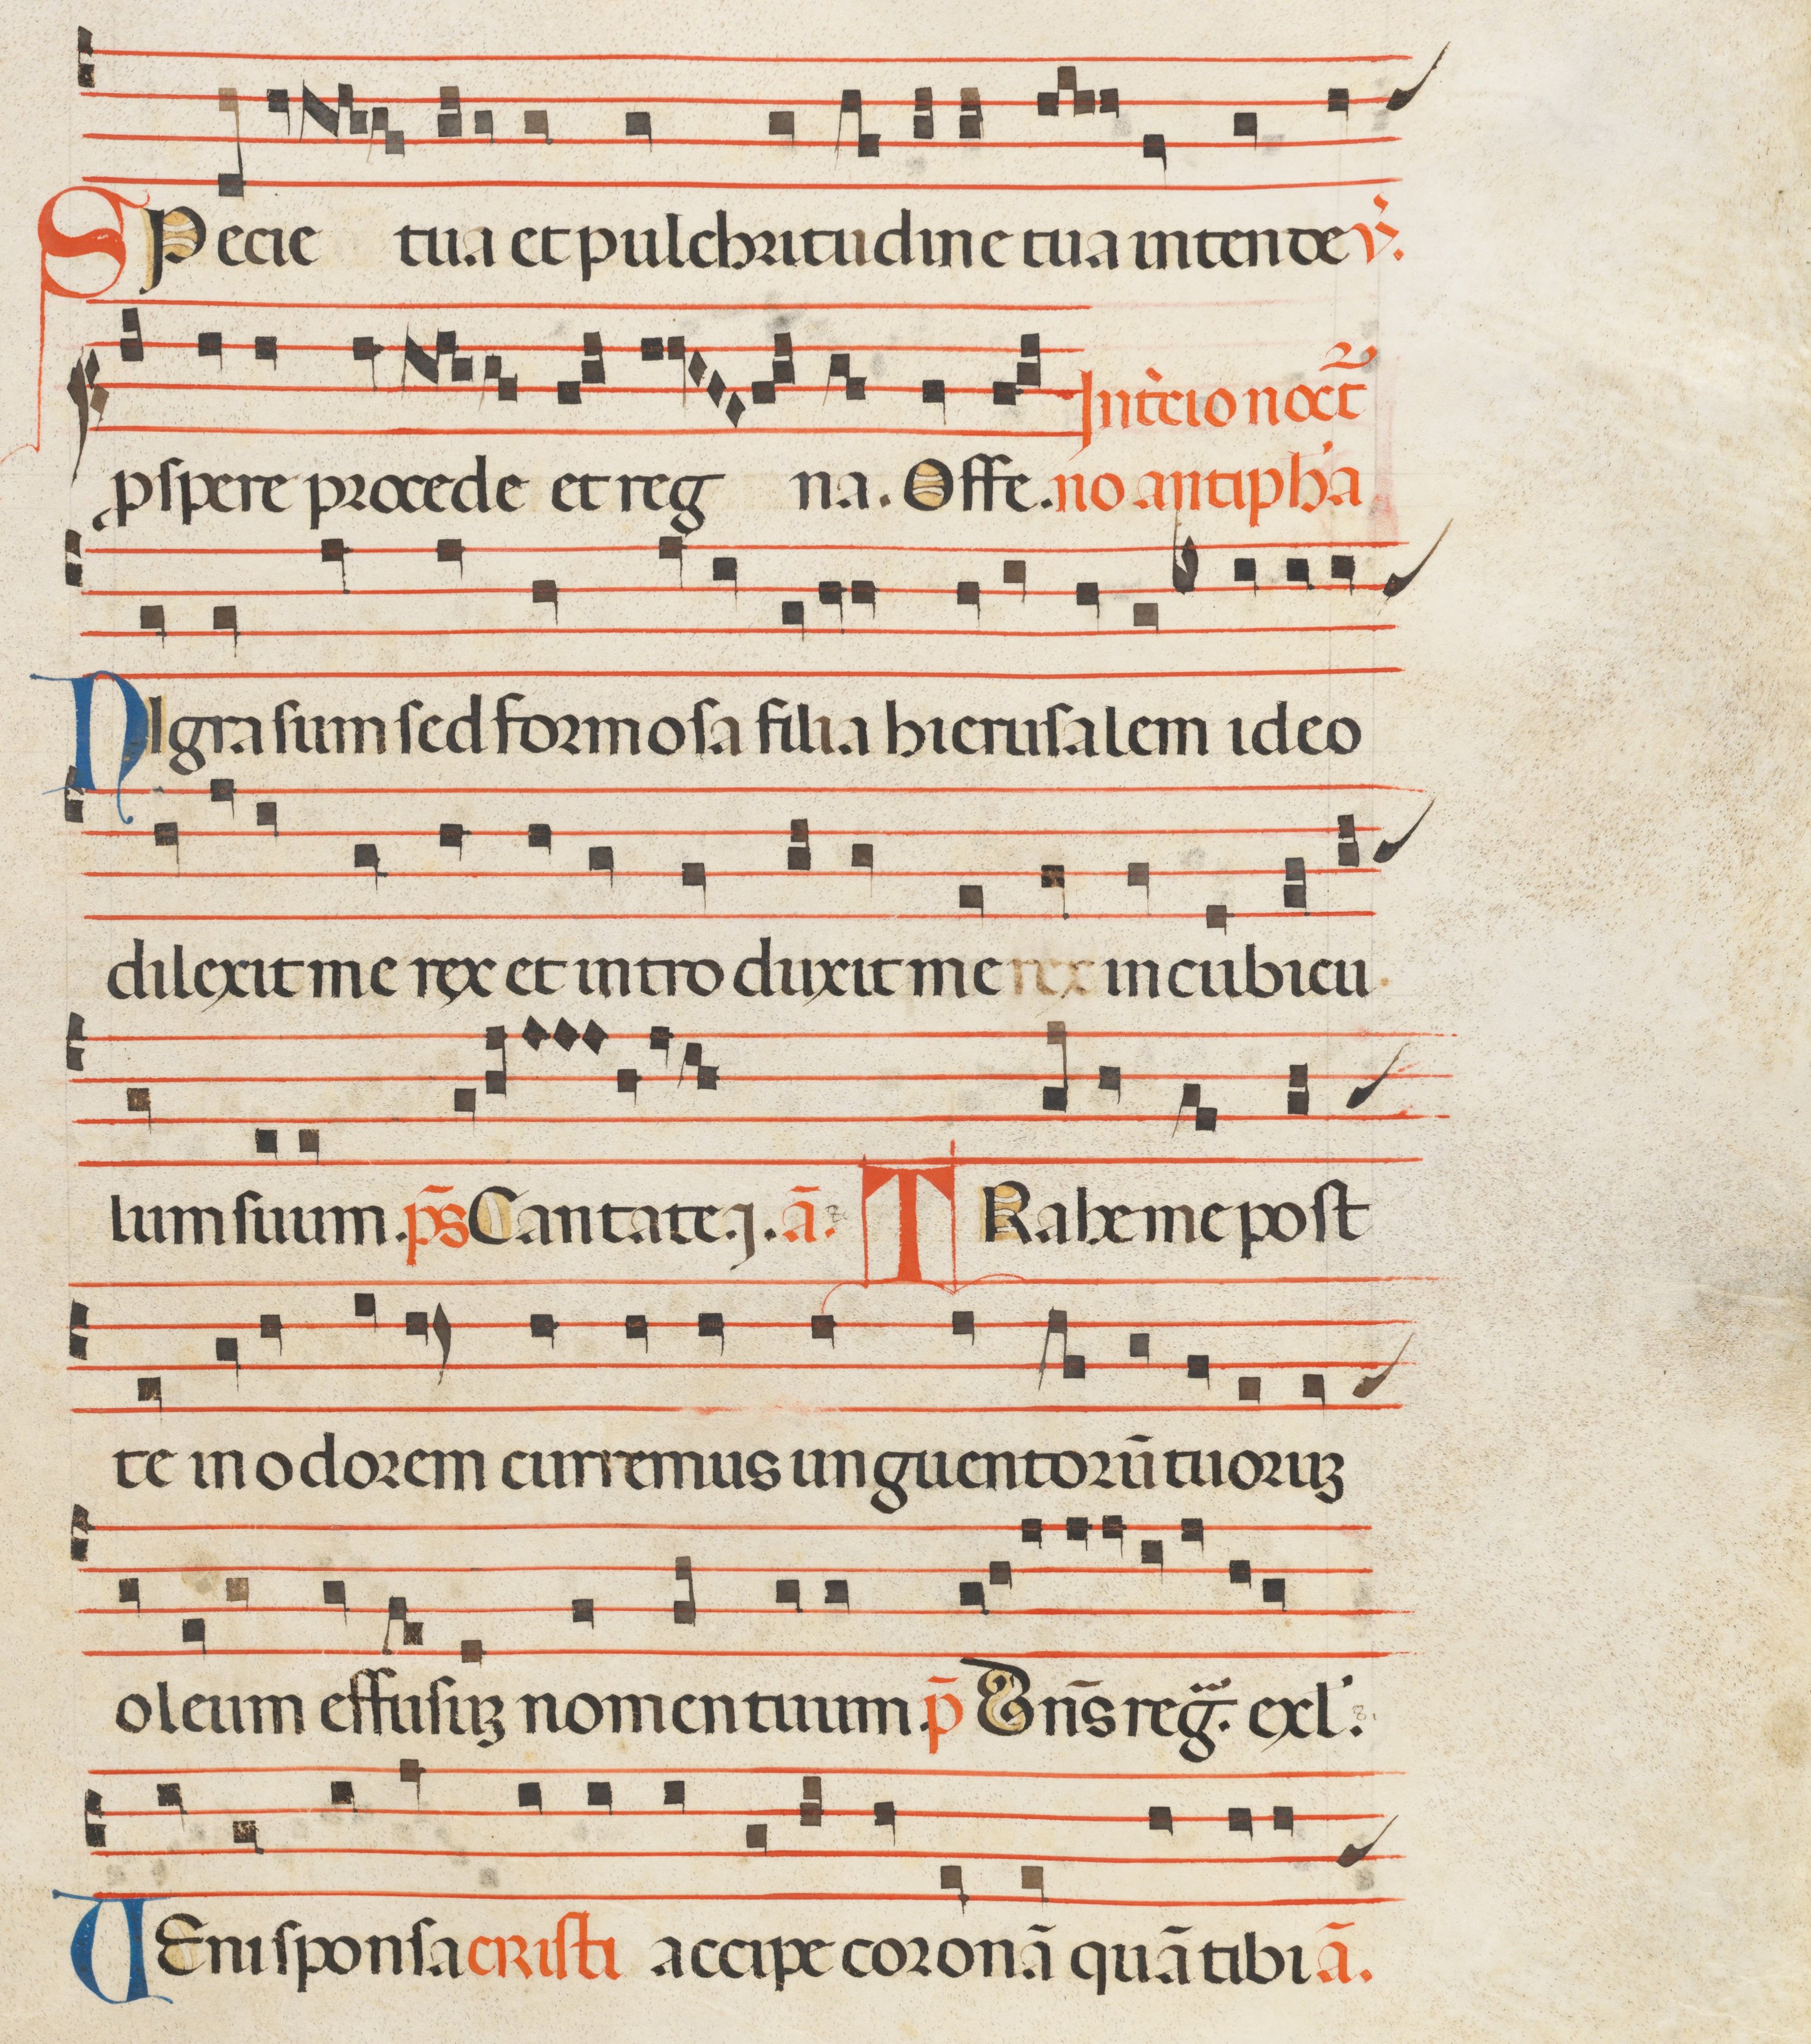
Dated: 1300–1330